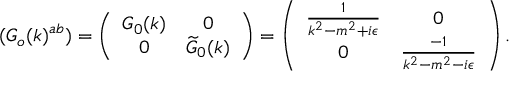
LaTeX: ( G _ { o } ( k ) ^ { a b } ) = \left( \begin{array} { c c } { { G _ { 0 } ( k ) } } & { { 0 } } \\ { { 0 } } & { { \widetilde { G } _ { 0 } ( k ) } } \end{array} \right) = \left( \begin{array} { c c } { { \frac { 1 } { k ^ { 2 } - m ^ { 2 } + i \epsilon } } } & { { 0 } } \\ { { 0 } } & { { \frac { - 1 } { k ^ { 2 } - m ^ { 2 } - i \epsilon } } } \end{array} \right) .